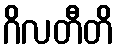
ဂိလတီတိ